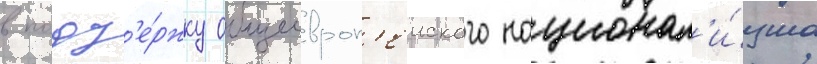
в подд'е́ржку общеевроп'еиского национал'и́зма